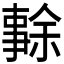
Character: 𠄜